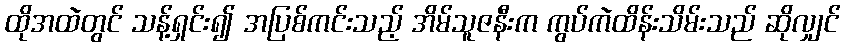
ထိုအထဲတွင် သန့်ရှင်း၍ အပြစ်ကင်းသည့် အိမ်သူဇနီးက ကွပ်ကဲထိန်းသိမ်းသည် ဆိုလျှင်